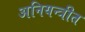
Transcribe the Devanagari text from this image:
अनियन्त्रीत